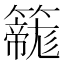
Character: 𮆲